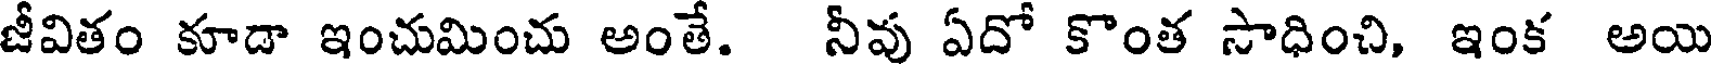
జీవితం కూడా ఇంచుమించు అంతే. నీవు ఏదో కొంత సాధించి, ఇంక అయి